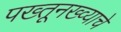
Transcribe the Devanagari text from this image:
पख्तूनख्व्याचे